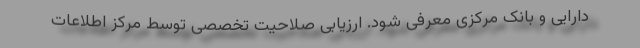
دارایی و بانک مرکزی معرفی شود. ارزیابی صلاحیت تخصصی توسط مرکز اطلاعات